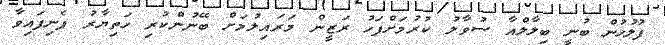
ފުލުހުން ބުނީ ބިލާލްއާ ސުވާލު ކުރުމަށްފަހު ރަޒީން މަރައިލުމަށް ބޭނުންކުރި ހަތިޔާރު ފެނިފައިވާ